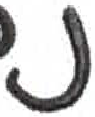
אות: נ